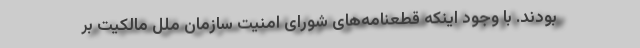
بودند. با وجود اینکه قطعنامه‌های شورای امنیت سازمان ملل مالکیت بر